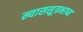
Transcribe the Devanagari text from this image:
न्याससूत्रभाष्य